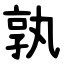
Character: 孰